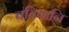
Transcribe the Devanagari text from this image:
बतियानि